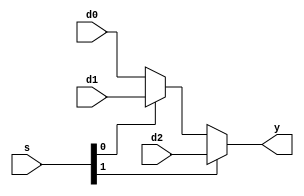
module mux3 #(parameter WIDTH = 8)
   (input  wire [WIDTH-1:0] d0, d1, d2,
    input  wire [1:0]       s, 
    output wire [WIDTH-1:0] y);

   assign y = s[1] ? d2 : (s[0] ? d1 : d0);
   
endmodule // mux3